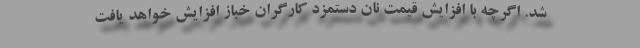
شد. اگرچه با افزایش قیمت نان دستمزد کارگران خباز افزایش خواهد یافت